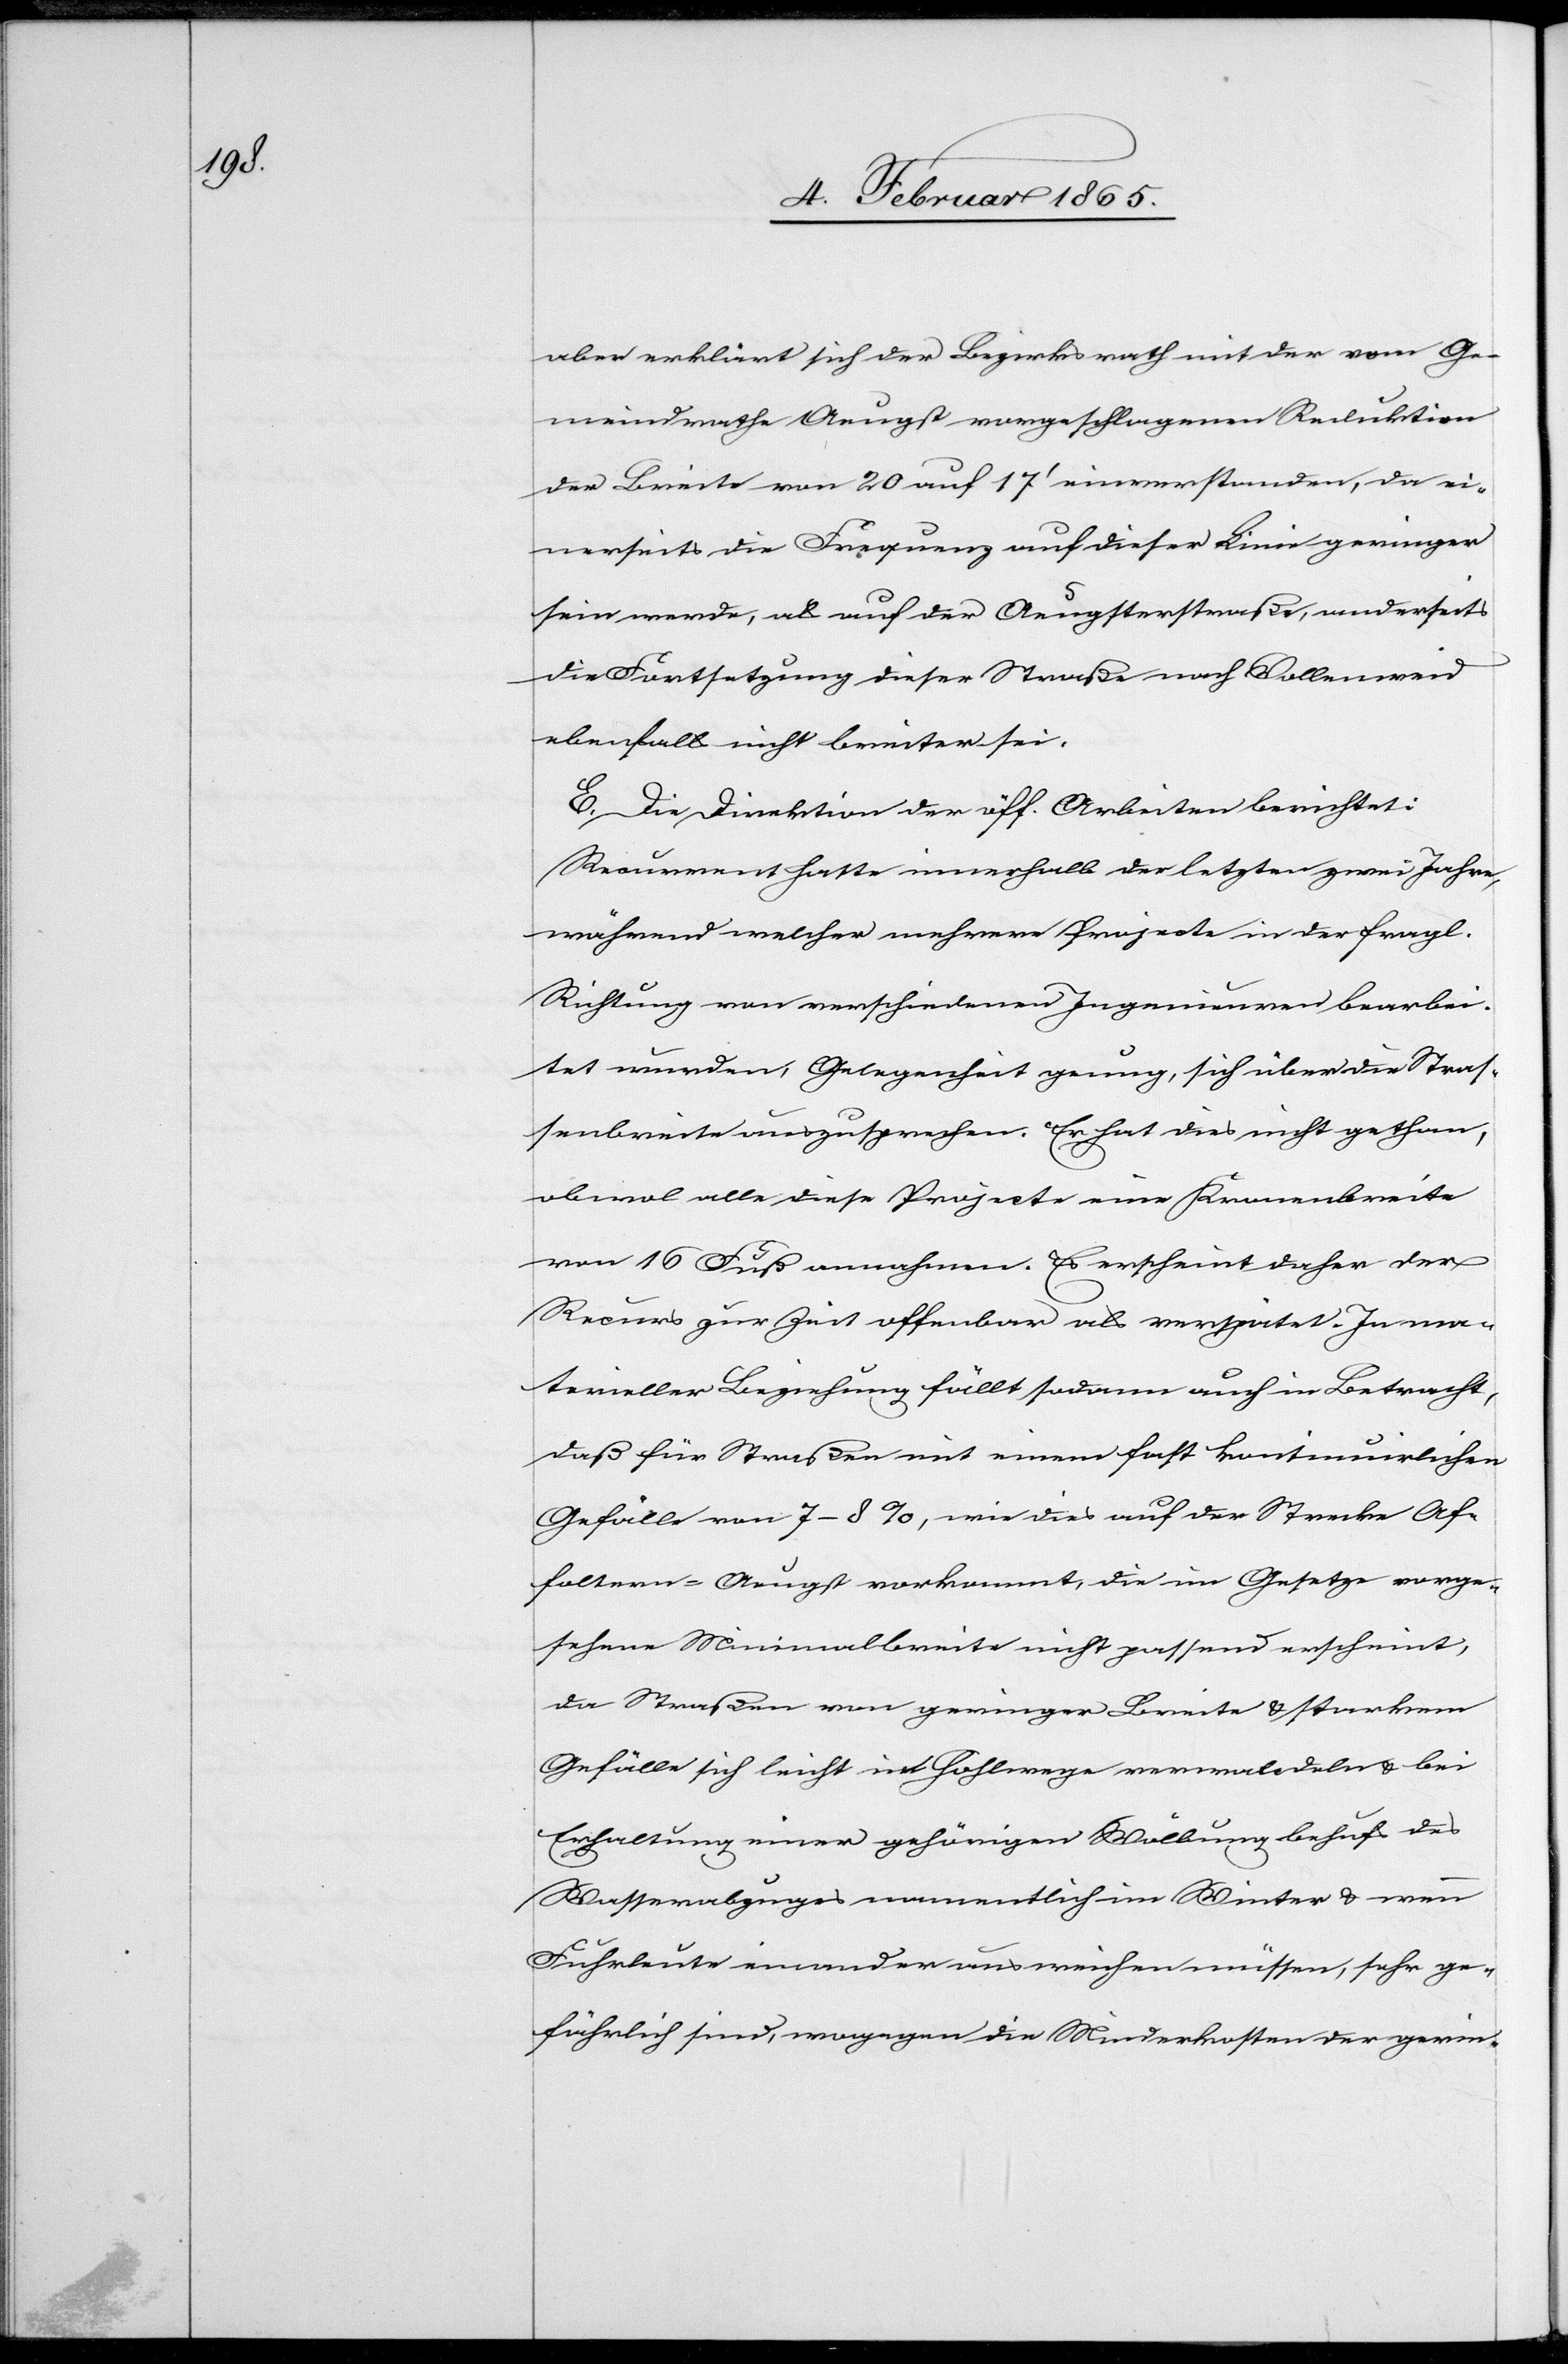
aber erklärt sich der Bezirksrath mit der vom Ge¬
meindrathe Aeugst vorgeschlagenen Reduktion
der Breite von 20 auf 17’ einverstanden, da ei¬
nerseits die Frequenz auf dieser Linie geringer
sein werde, als auf der Aeugsterstraße, anderseits
die Fortsetzung dieser Straße nach Wollenweid
ebenfalls nicht breiter sei.
E. Die Direktion der öff. Arbeiten berichtet:
Recurrent hatte innerhalb der letzten zwei Jahre,
während welcher mehrere Projecte in der fragl.
Richtung von verschiedenen Ingenieuren bearbei¬
tet wurden, Gelegenheit genug, sich über die Straß¬
enbreite auszusprechen. Er hat dies nicht gethan,
obwol alle diese Projecte eine Kronenbreite
von 16 Fuß annahmen. Es erscheint daher der
Recurs zur Zeit offenbar als verspätet. In ma¬
terieller Beziehung fällt sodann auch in Betracht,
daß für Straßen mit einem fast kontinuirlichen
Gefälle von 7–8 %, wie dies auf der Strecke Af¬
foltern-Aeugst vorkommt, die im Gesetze vorge¬
sehene Minimalbreite nicht passend erscheint,
da Straßen von geringer Breite u. starkem
Gefälle sich leicht in Hohlwege verwandeln u. bei
Erhaltung einer gehörigen Wölbung behufs des
Wasserabzuges namentlich im Winter u. wenn
Fuhrleute einander ausweichen müssen, sehr ge¬
fährlich sind, wogegen die Minderkosten der gerin-